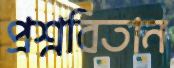
প্রশ্নবিতান